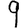
Digit: 9